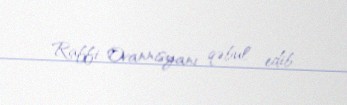
Raffi Ovannisyanı qəbul edib.